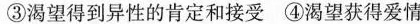
③渴望得到异性的肯定和接受 ④渴望获得爱情